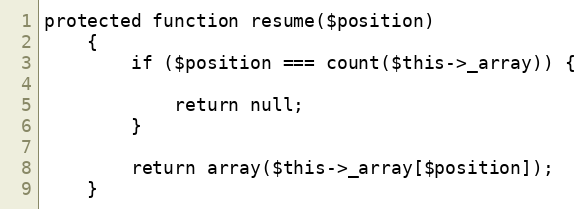
Language: PHP
protected function resume($position)
    {
        if ($position === count($this->_array)) {

            return null;
        }

        return array($this->_array[$position]);
    }